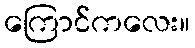
ကြောင်ကလေး။